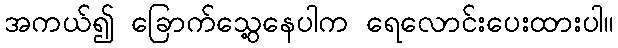
အကယ်၍ ခြောက်သွေ့နေပါက ရေလောင်းပေးထားပါ။